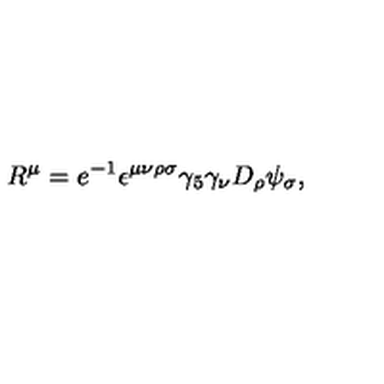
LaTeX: R ^ { \mu } = e ^ { - 1 } \epsilon ^ { \mu \nu \rho \sigma } \gamma _ { 5 } \gamma _ { \nu } D _ { \rho } \psi _ { \sigma } ,